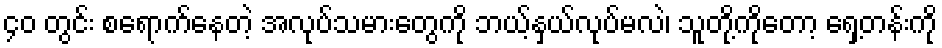
၄၀ တွင်း စရောက်နေတဲ့ အလုပ်သမားတွေကို ဘယ့်နှယ်လုပ်မလဲ၊ သူတို့ကိုတော့ ရှေ့တန်းကို